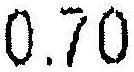
0.70